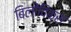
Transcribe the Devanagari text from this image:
बिलीविक्स